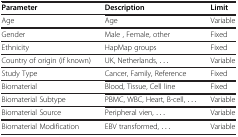
<table><thead><tr><td><b>Parameter</b></td><td><b>Description</b></td><td><b>Limit</b></td></tr></thead><tbody><tr><td>Age</td><td>Age</td><td>Variable</td></tr><tr><td>Gender</td><td>Male , Female, other</td><td>Fixed</td></tr><tr><td>Ethnicity</td><td>HapMap groups</td><td>Fixed</td></tr><tr><td>Country of origin (if known)</td><td>UK, Netherlands, ...</td><td>Variable</td></tr><tr><td>Study Type</td><td>Cancer, Family, Reference</td><td>Fixed</td></tr><tr><td>Biomaterial</td><td>Blood, Tissue, Cell line</td><td>Fixed</td></tr><tr><td>Biomaterial Subtype</td><td>PBMC, WBC, Heart, B-cell, ...</td><td>Variable</td></tr><tr><td>Biomaterial Source</td><td>Peripheral vien, ...</td><td>Variable</td></tr><tr><td>Biomaterial Modification</td><td>EBV transformed, ...</td><td>Variable</td></tr></tbody></table>